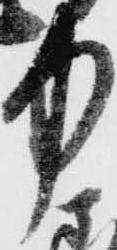
中